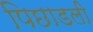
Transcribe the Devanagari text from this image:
पिछाडली